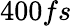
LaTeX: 400fs